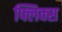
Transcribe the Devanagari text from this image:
फ्लिक्स